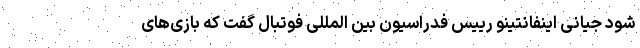
شود جیانی اینفانتینو رییس فدراسیون بین المللی فوتبال گفت که بازی‌های